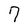
Character: 7